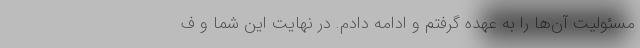
مسئولیت آن‌ها را به عهده گرفتم و ادامه دادم. در نهایت این شما و ف